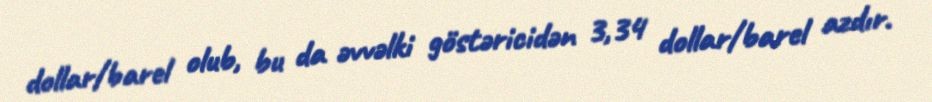
dollar/barel olub, bu da əvvəlki göstəricidən 3,34 dollar/barel azdır.